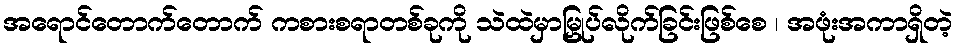
အရောင်တောက်တောက် ကစားစရာတစ်ခုကို သဲထဲမှာမြှုပ်လိုက်ခြင်းဖြစ်စေ ၊ အဖုံးအကာရှိတဲ့